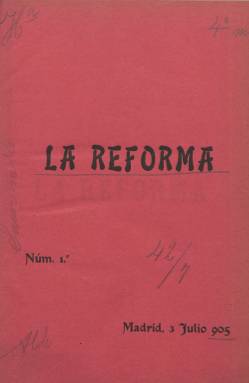
Título: La Reforma (Madrid. 1905)
Colección: Derecho
Ámbito geográfico: Madrid
Lugar de publicación: Madrid
Fechas: 03/07/1905-25/12/1918

Revista notarial es el subtítulo de este semanario (aparece cada lunes), que comenzó a publicarse el tres de julio de 1905, de carácter profesional y situado en la órbita del reformismo. Sus entregas serán, generalmente de doce páginas, aunque a veces se reducen a ocho o aumentan hasta las dieciséis, compuestas a una y dos columnas. Se proclama defensor de esta antigua institución jurídica española y entre sus objetivos se encuentran “formular un plan completo de reformas”, para someterlas a una serena discusión de los diferentes criterios, según su artículo de presentación. Su foliación será continuada cada año, formando tomos anuales, sobre los que se elaboran los correspondientes índices alfabéticos de las materias contenidas en cada uno.

Inserta artículos doctrinales, técnico-jurídicos y de organización notarial, noticias sobre el movimiento de los notarios (aspirantes, ingresos, vacantes, oposiciones, nombramientos, excedencias, turnos de provisión), ofrece cuadros estadísticos de la actividad notarial y otros geográficos, noticias y notas semanales varias sobre la labor notarial, colegios, asociacionismo, congresos o información bibliográfica. Tiene una tribuna libre y secciones de consultas, de cartas abiertas y de formularios notariales. Hace extensivo su ámbito también al cuerpo de los Registradores de la Propiedad o de los Registros Civiles. También reproduce resoluciones de la Dirección General de los Registros y legislación y jurisprudencia civil y mercantil.

Estuvo dirigida por el notario José Toral y Sagristá (1874-1935) y su redactor jefe fue el abogado Cecilio Hereza. Entre sus colaboradores aparecen los nombres de Alejandro Arizcun, Mateo Azpeitia, Saturnino Echenique, Tirso de la Torre Izquierdo, José Gómez Pardo y Fernández, José Toral, Silvio Silva, Vicente Vilar Catalá, Luis García Ramos, Rufino de Amusátegui, Rafael Martínez Nacarino, José Caballero y Pascual, Francisco Mourenza y Montero, Julio Caballero, Pascual Lahoz y Val, José María Aguinaga, Hipólito González Rebollar, Evaristo García Ejaldre, Juan J. Ocampo, Alfredo Arias o José G. Román y G. Elipe.

El 794 es el último número de este título en la Biblioteca Nacional de España, correspondiente al 25 de diciembre de 1918.